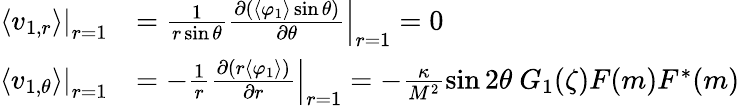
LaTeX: \begin{array}{rl}{\left.\langle v_{1,r}\rangle\right|_{r=1}}&{=\left.\frac{1}{r\sin\theta}\frac{\partial(\langle\varphi_{1}\rangle\sin\theta)}{\partial\theta}\right|_{r=1}=0~}\\ {\left.\langle v_{1,\theta}\rangle\right|_{r=1}}&{=-\left.\frac{1}{r}\frac{\partial(r\langle\varphi_{1}\rangle)}{\partial r}\right|_{r=1}=-\frac{\kappa}{M^{2}}\sin 2\theta~G_{1}(\zeta)F(m)F^{*}(m)}\end{array}